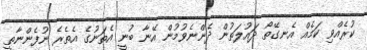
ކުރެއްވި ކަމެއް އެނގޭތޯ ދައުލަތުން ދެންނެވުމުން އޭނާ ބުނީ އެތަނުގެ އެތެރެ ނުފެންނާތީ